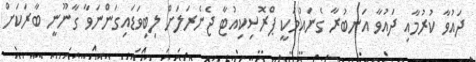
ދައުވާ ކުރުމާއި ދައުވާ އަނބުރާ ގެނައުމަކީ ޕްރޮސިކިއުޓާ ޖެނެރަލަށް ލިބިވަޑައިގަންނަވާ ގާނޫނީ ބާރަކަށް